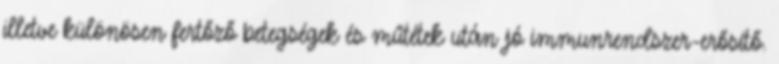
illetve különösen fertőző betegségek és műtétek után jó immunrendszer-erősítő.